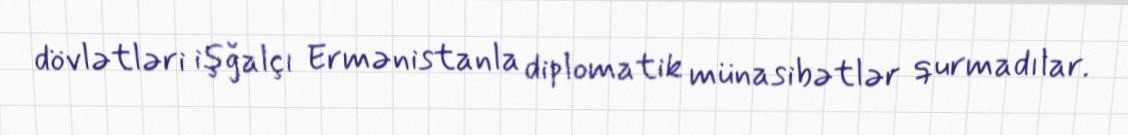
dövlətləri işğalçı Ermənistanla diplomatik münasibətlər qurmadılar.